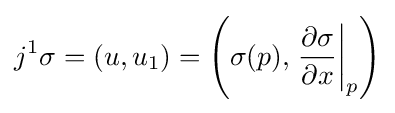
j^{1}\sigma =(u,u_{1})=\left(\sigma (p),\left.{\frac {\partial \sigma }{\partial x}}\right|_{p}\right)